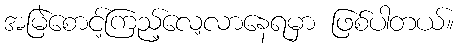
အမြဲစောင့်ကြည့်လေ့လာနေရမှာ ဖြစ်ပါတယ်။